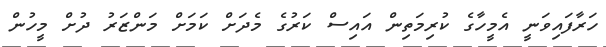
ހަރާފައިވަނީ އެމީހާގެ ކުރިމަތިން އައިސް ކަރުގެ މެދަށް ކަމަށް މަންޒަރު ދުށް މީހުން